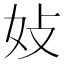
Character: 𪥩